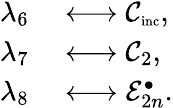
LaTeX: \begin{array}{rl}{\lambda_{6}}&{{}\longleftrightarrow\mathcal{C}_{\textnormal{\scriptsize inc}},}\\ {\lambda_{7}}&{{}\longleftrightarrow\mathcal{C}_{2},}\\ {\lambda_{8}}&{{}\longleftrightarrow\mathcal{E}_{2n}^{\bullet}.}\end{array}